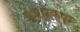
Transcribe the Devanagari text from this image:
७०पेक्षा